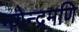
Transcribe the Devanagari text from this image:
नगेन्द्रमणि